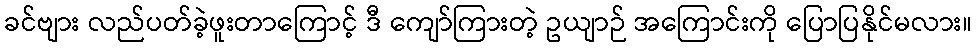
ခင်ဗျား လည်ပတ်ခဲ့ဖူးတာကြောင့် ဒီ ကျော်ကြားတဲ့ ဥယျာဉ် အကြောင်းကို ပြောပြနိုင်မလား။